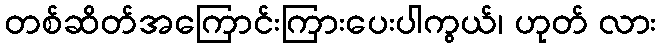
တစ်ဆိတ်အကြောင်းကြားပေးပါကွယ်၊ ဟုတ် လား